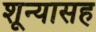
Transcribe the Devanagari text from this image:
शून्यासह